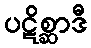
ပဋိစ္ဆာဒီ